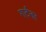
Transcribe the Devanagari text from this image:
गर्टनर